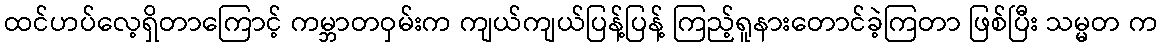
ထင်ဟပ်လေ့ရှိတာကြောင့် ကမ္ဘာတဝှမ်းက ကျယ်ကျယ်ပြန့်ပြန့် ကြည့်ရူနားတောင်ခဲ့ကြတာ ဖြစ်ပြီး သမ္မတ က